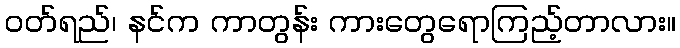
ဝတ်ရည်၊ နင်က ကာတွန်း ကားတွေရောကြည့်တာလား။